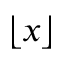
\lfloor x \rfloor